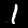
Digit: 1